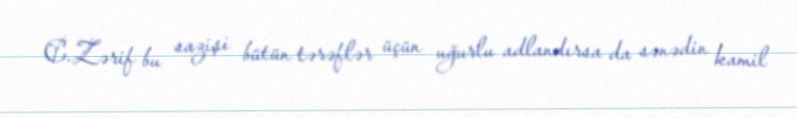
C.Zərif bu sazişi bütün tərəflər üçün uğurlu adlandırsa da sənədin kamil